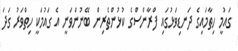
ގައުމީ ހިތާމައިގެ ދަނޑިވަޅުގައި ފްރާންސްގެ ކުޅުންތެރިން ބޭނުންވަނީ އެ ގައުމަކީ ހިތްވަރު ގަދަ